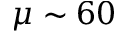
\mu \sim 6 0